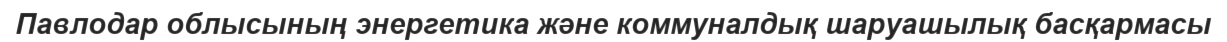
Павлодар облысының энергетика және коммуналдық шаруашылық басқармасы